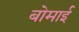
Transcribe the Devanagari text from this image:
बोमाई